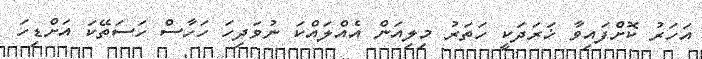
އަހަރު ކޮށްފައިވާ ޚަރަދަކީ ހަތަރު މިލިއަން އެއްލައްކަ ނުވަދިހަ ހަހާސް ހަސަތޭކަ އަށްޑިހަ